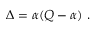
\Delta = \alpha ( Q - \alpha ) \ .